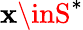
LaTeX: \mathbf{x}\inS^{*}